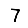
Digit: 7